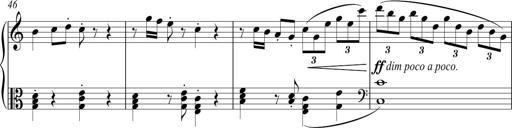
Title: Sonatina No. 1 in C
Composer: A. Marando
Key: C major